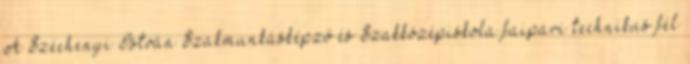
A Széchenyi István Szakmunkásképző és Szakközépiskola faipari technikus fél